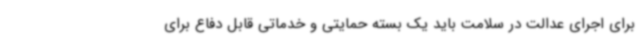
برای اجرای عدالت در سلامت باید یک بسته حمایتی و خدماتی قابل دفاع برای